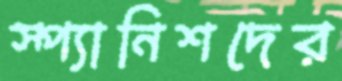
স্প্যানিশদের